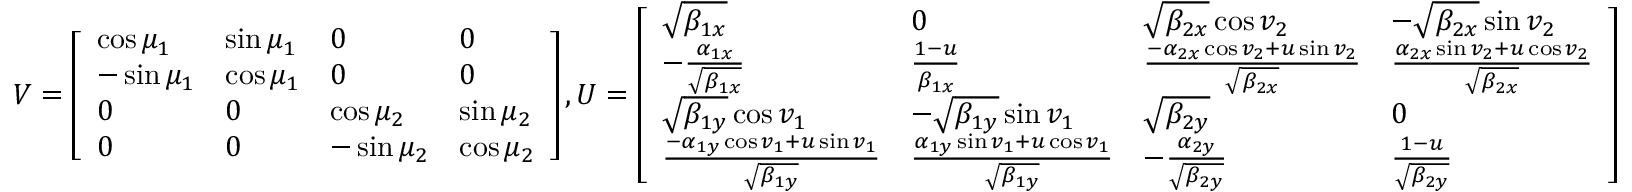
V = \left[ \begin{array} { l l l l } { \cos \mu _ { 1 } } & { \sin \mu _ { 1 } } & { 0 } & { 0 } \\ { - \sin \mu _ { 1 } } & { \cos \mu _ { 1 } } & { 0 } & { 0 } \\ { 0 } & { 0 } & { \cos \mu _ { 2 } } & { \sin \mu _ { 2 } } \\ { 0 } & { 0 } & { - \sin \mu _ { 2 } } & { \cos \mu _ { 2 } } \end{array} \right] , U = \left[ \begin{array} { l l l l } { \sqrt { \beta _ { 1 x } } } & { 0 } & { \sqrt { \beta _ { 2 x } } \cos v _ { 2 } } & { - \sqrt { \beta _ { 2 x } } \sin v _ { 2 } } \\ { - \frac { \alpha _ { 1 x } } { \sqrt { \beta _ { 1 x } } } } & { \frac { 1 - u } { \beta _ { 1 x } } } & { \frac { - \alpha _ { 2 x } \cos v _ { 2 } + u \sin v _ { 2 } } { \sqrt { \beta _ { 2 x } } } } & { \frac { \alpha _ { 2 x } \sin v _ { 2 } + u \cos v _ { 2 } } { \sqrt { \beta _ { 2 x } } } } \\ { \sqrt { \beta _ { 1 y } } \cos v _ { 1 } } & { - \sqrt { \beta _ { 1 y } } \sin v _ { 1 } } & { \sqrt { \beta _ { 2 y } } } & { 0 } \\ { \frac { - \alpha _ { 1 y } \cos v _ { 1 } + u \sin v _ { 1 } } { \sqrt { \beta _ { 1 y } } } } & { \frac { \alpha _ { 1 y } \sin v _ { 1 } + u \cos v _ { 1 } } { \sqrt { \beta _ { 1 y } } } } & { - \frac { \alpha _ { 2 y } } { \sqrt { \beta _ { 2 y } } } } & { \frac { 1 - u } { \sqrt { \beta _ { 2 y } } } } \end{array} \right]